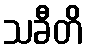
သခီတိ